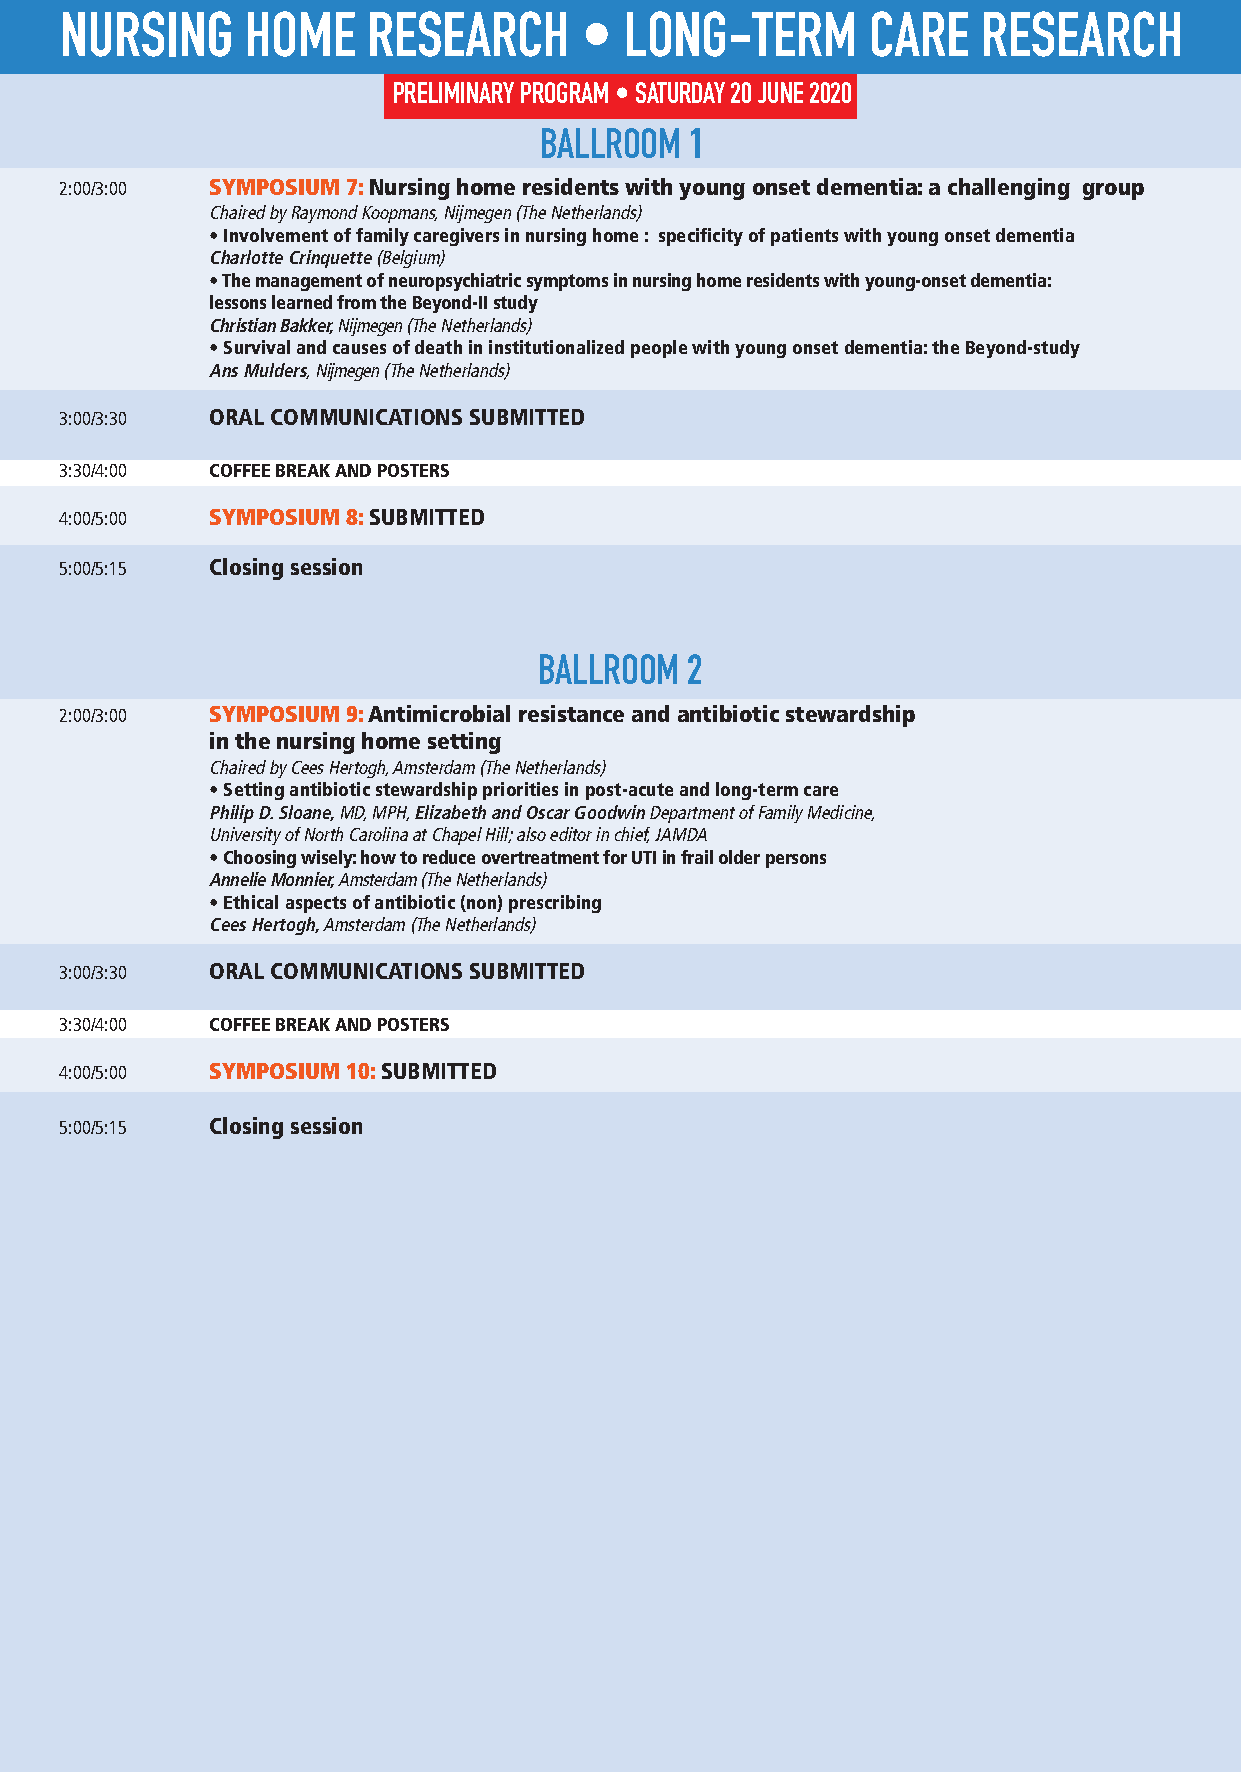
NURSING     HOME    RESEARCH      •  LONG-TERM       CARE    RESEARCH
 PRELIMINARY PROGRAM • SATURDAY 20 JUNE 2020
 BALLROOM  1
 2:00/3:00 SYMPOSIUM 7: Nursing home residents with young onset dementia: a challenging group
 Chaired by Raymond Koopmans, Nijmegen (The Netherlands)
 • Involvement of family caregivers in nursing home : specificity of patients with young onset dementia
 Charlotte Crinquette (Belgium)
 • The management of neuropsychiatric symptoms in nursing home residents with young-onset dementia:
 lessons learned from the Beyond-II study
 Christian Bakker,Nijmegen (The Netherlands)
 • Survival and causes of death in institutionalized people with young onset dementia: the Beyond-study
 Ans Mulders, Nijmegen(The Netherlands)
 3:00/3:30 ORAL COMMUNICATIONS SUBMITTED
 3:30/4:00 COFFEE BREAK AND POSTERS
 4:00/5:00 SYMPOSIUM 8: SUBMITTED
 5:00/5:15 Closing session
 BALLROOM 2
 2:00/3:00 SYMPOSIUM 9: Antimicrobial resistance and antibiotic stewardship
 in the nursing home setting
 Chaired by Cees Hertogh, Amsterdam (The Netherlands)
 • Setting antibiotic stewardship priorities in post-acute and long-term care
 Philip D. Sloane, MD, MPH, Elizabeth and Oscar Goodwin Department of Family Medicine,
 University of North Carolina at Chapel Hill; also editor in chief, JAMDA
 • Choosing wisely: how to reduce overtreatment for UTI in frail older persons
 Annelie Monnier, Amsterdam (The Netherlands)
 • Ethical aspects of antibiotic (non) prescribing
 Cees Hertogh,Amsterdam (The Netherlands)
 3:00/3:30 ORAL COMMUNICATIONS SUBMITTED
 3:30/4:00 COFFEE BREAK AND POSTERS
 4:00/5:00 SYMPOSIUM 10: SUBMITTED
 5:00/5:15 Closing session